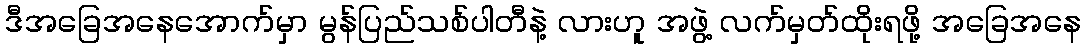
ဒီအခြေအနေအောက်မှာ မွန်ပြည်သစ်ပါတီနဲ့ လားဟူ အဖွဲ့ လက်မှတ်ထိုးရဖို့ အခြေအနေ